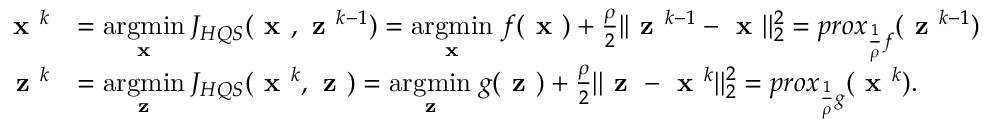
\begin{array} { r l } { \textbf { x } ^ { k } } & { = \underset { \textbf { x } } { \mathrm { a r g m i n } } \: J _ { H Q S } ( \textbf { x } , \textbf { z } ^ { k - 1 } ) = \underset { \textbf { x } } { \mathrm { a r g m i n } } \; f ( \textbf { x } ) + \frac { \rho } { 2 } | | \textbf { z } ^ { k - 1 } - \textbf { x } | | _ { 2 } ^ { 2 } = p r o x _ { \frac { 1 } { \rho } f } ( \textbf { z } ^ { k - 1 } ) } \\ { \textbf { z } ^ { k } } & { = \underset { \textbf { z } } { \mathrm { a r g m i n } } \: J _ { H Q S } ( \textbf { x } ^ { k } , \textbf { z } ) = \underset { \textbf { z } } { \mathrm { a r g m i n } } \; g ( \textbf { z } ) + \frac { \rho } { 2 } | | \textbf { z } - \textbf { x } ^ { k } | | _ { 2 } ^ { 2 } = p r o x _ { \frac { 1 } { \rho } g } ( \textbf { x } ^ { k } ) . } \end{array}